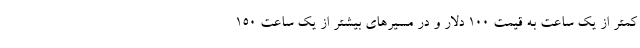
کمتر از یک ساعت به قیمت ۱۰۰ دلار و در مسیر‌های بیشتر از یک ساعت ۱۵۰